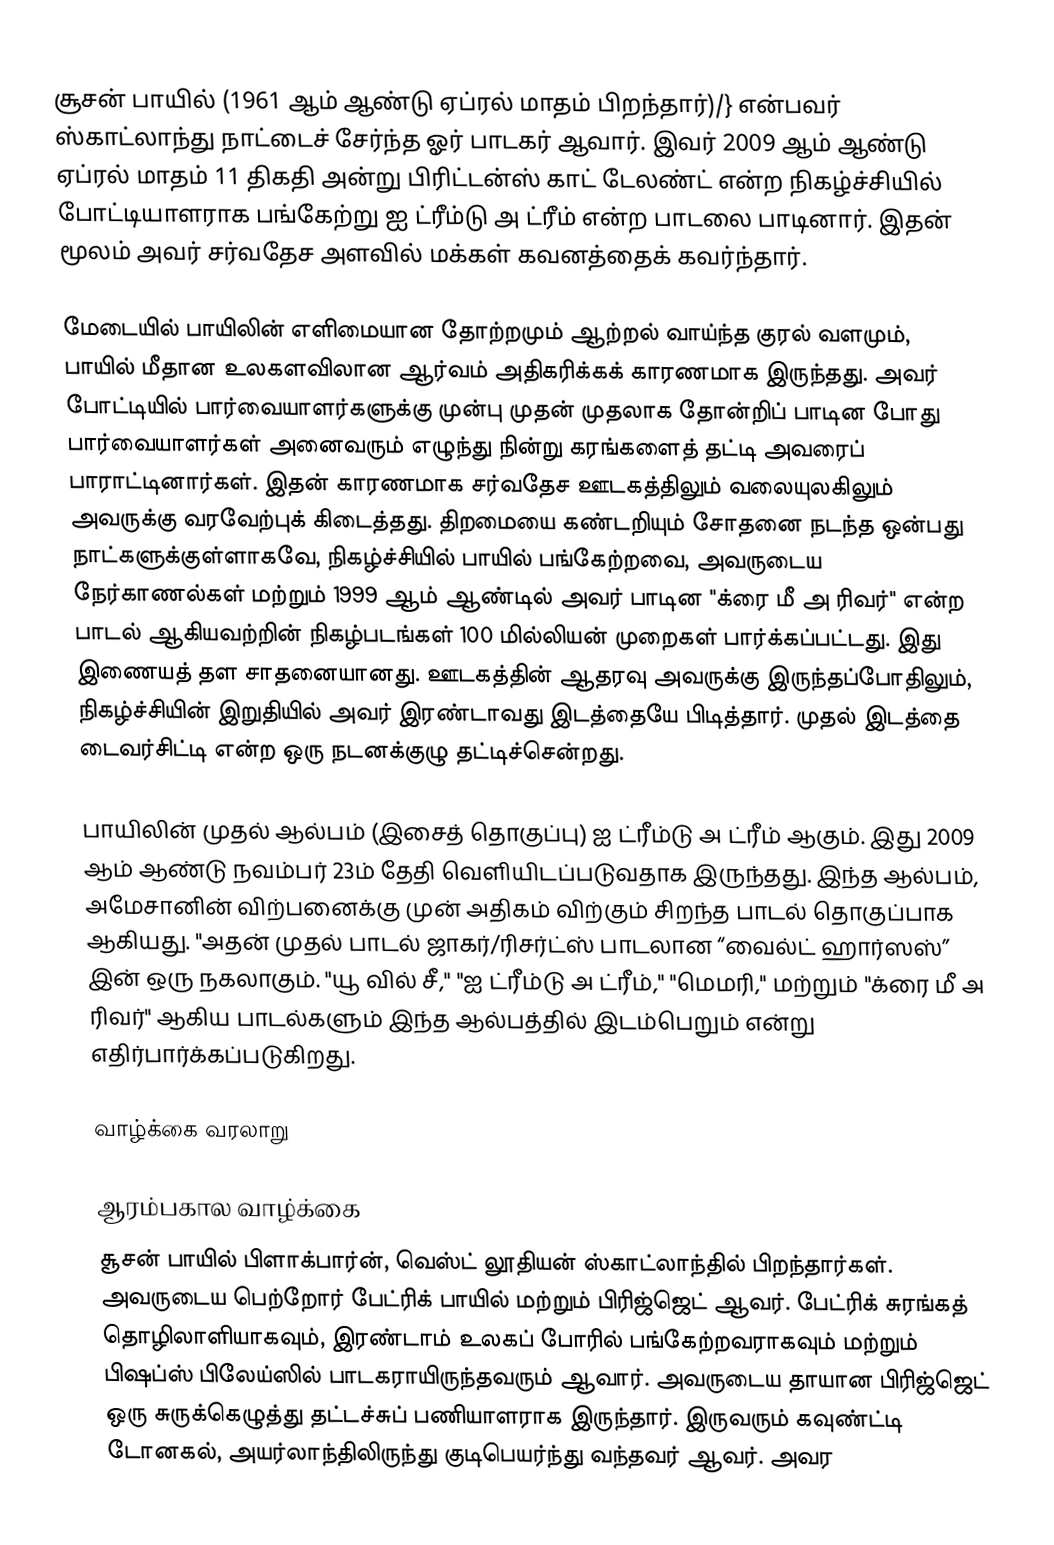
சூசன் பாயில் (1961 ஆம் ஆண்டு ஏப்ரல் மாதம் பிறந்தார்)/} என்பவர் ஸ்காட்லாந்து நாட்டைச் சேர்ந்த ஓர் பாடகர் ஆவார். இவர் 2009 ஆம் ஆண்டு ஏப்ரல் மாதம் 11 திகதி அன்று பிரிட்டன்ஸ் காட் டேலண்ட் என்ற நிகழ்ச்சியில் போட்டியாளராக பங்கேற்று ஐ ட்ரீம்டு அ ட்ரீம் என்ற பாடலை பாடினார். இதன் மூலம் அவர் சர்வதேச அளவில் மக்கள் கவனத்தைக் கவர்ந்தார்.

மேடையில் பாயிலின் எளிமையான தோற்றமும் ஆற்றல் வாய்ந்த குரல் வளமும், பாயில் மீதான உலகளவிலான ஆர்வம் அதிகரிக்கக் காரணமாக இருந்தது. அவர் போட்டியில் பார்வையாளர்களுக்கு முன்பு முதன் முதலாக தோன்றிப் பாடின போது பார்வையாளர்கள் அனைவரும் எழுந்து நின்று கரங்களைத் தட்டி அவரைப் பாராட்டினார்கள். இதன் காரணமாக சர்வதேச ஊடகத்திலும் வலையுலகிலும் அவருக்கு வரவேற்புக் கிடைத்தது. திறமையை கண்டறியும் சோதனை நடந்த ஒன்பது நாட்களுக்குள்ளாகவே, நிகழ்ச்சியில் பாயில் பங்கேற்றவை, அவருடைய நேர்காணல்கள் மற்றும் 1999 ஆம் ஆண்டில் அவர் பாடின "க்ரை மீ அ ரிவர்" என்ற பாடல் ஆகியவற்றின் நிகழ்படங்கள் 100 மில்லியன் முறைகள் பார்க்கப்பட்டது. இது இணையத் தள சாதனையானது. ஊடகத்தின் ஆதரவு அவருக்கு இருந்தப்போதிலும், நிகழ்ச்சியின் இறுதியில் அவர் இரண்டாவது இடத்தையே பிடித்தார். முதல் இடத்தை டைவர்சிட்டி என்ற ஒரு நடனக்குழு தட்டிச்சென்றது.

பாயிலின் முதல் ஆல்பம் (இசைத் தொகுப்பு) ஐ ட்ரீம்டு அ ட்ரீம் ஆகும். இது 2009 ஆம் ஆண்டு நவம்பர் 23ம் தேதி வெளியிடப்படுவதாக இருந்தது. இந்த ஆல்பம், அமேசானின் விற்பனைக்கு முன் அதிகம் விற்கும் சிறந்த பாடல் தொகுப்பாக ஆகியது. "அதன் முதல் பாடல் ஜாகர்/ரிசர்ட்ஸ் பாடலான “வைல்ட் ஹார்ஸஸ்” இன் ஒரு நகலாகும். "யூ வில் சீ," "ஐ ட்ரீம்டு அ ட்ரீம்," "மெமரி," மற்றும் "க்ரை மீ அ ரிவர்" ஆகிய பாடல்களும் இந்த ஆல்பத்தில் இடம்பெறும் என்று எதிர்பார்க்கப்படுகிறது.

வாழ்க்கை வரலாறு

ஆரம்பகால வாழ்க்கை
சூசன் பாயில் பிளாக்பார்ன், வெஸ்ட் லூதியன் ஸ்காட்லாந்தில் பிறந்தார்கள். அவருடைய பெற்றோர் பேட்ரிக் பாயில் மற்றும் பிரிஜ்ஜெட் ஆவர். பேட்ரிக் சுரங்கத் தொழிலாளியாகவும், இரண்டாம் உலகப் போரில் பங்கேற்றவராகவும் மற்றும் பிஷப்ஸ் பிலேய்ஸில் பாடகராயிருந்தவரும் ஆவார். அவருடைய தாயான பிரிஜ்ஜெட் ஒரு சுருக்கெழுத்து தட்டச்சுப் பணியாளராக இருந்தார். இருவரும் கவுண்ட்டி டோனகல், அயர்லாந்திலிருந்து குடிபெயர்ந்து வந்தவர் ஆவர். அவர